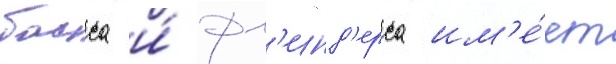
басса и́ фл'инд'ерса им'е́ет